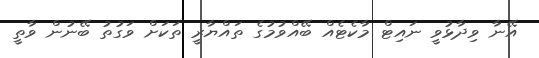
އޭނާ ވިދާޅުވީ ނައިޓް މާކެޓެއް ބޭއްވުމުގެ ތައްޔާރީ ތަކަށް ވަގުތު ބޭނުން ވާތީ